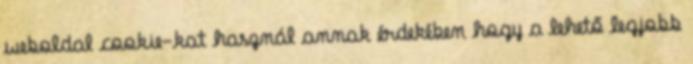
weboldal cookie-kat használ annak érdekében hogy a lehető legjobb